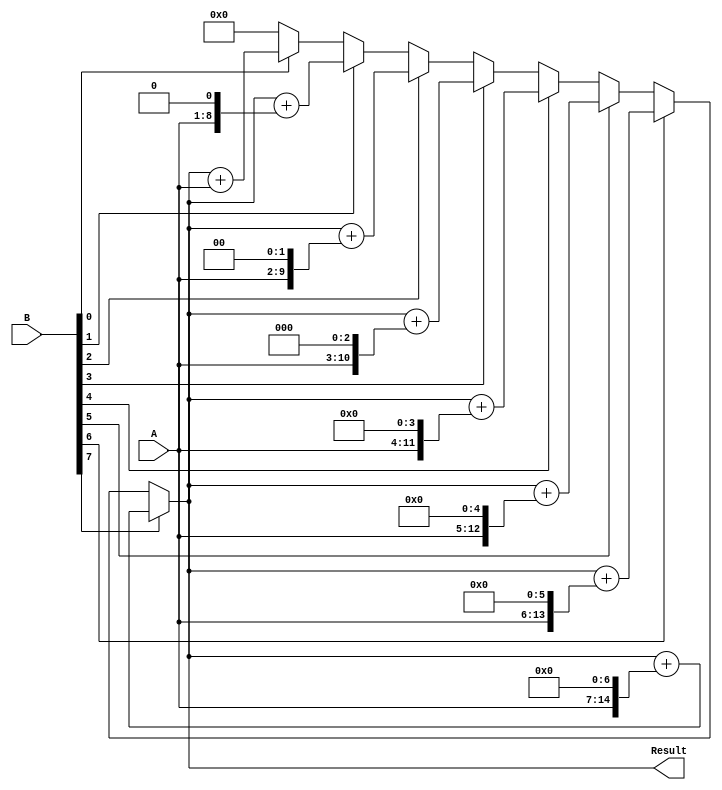
module Multiplier(
    input wire [7:0] A,
    input wire [7:0] B,
    output wire [15:0] Result
);

reg [15:0] partial_product;
reg [7:0] shift_count;

always @(A, B) begin
    partial_product <= 16'b0;
    shift_count <= 8'b0;
    
    for (shift_count = 0; shift_count < 8; shift_count = shift_count + 1) begin
        if (B[shift_count] == 1'b1) begin
            partial_product <= partial_product + (A << shift_count);
        end
    end
    
    Result <= partial_product;
end

endmodule